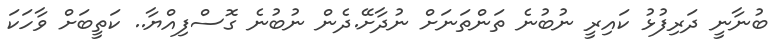
ބުނާނީ ދަރިފުޅު ކައިރީ ނުބުނެ ތަންތަނަށް ނުދާށޭ.ދެން ނުބުނެ ގޮސްފިއްޔާ.. ކަތީބަށް ވާހަކަ